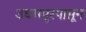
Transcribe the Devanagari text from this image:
उधमपूरपासून